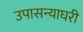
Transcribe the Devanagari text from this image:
उपासन्याघरी